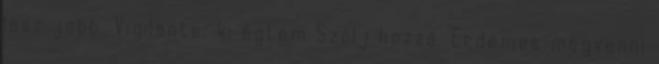
lesz jobb. Vigilante: ki égtem Szólj hozzá. Erdemes megvenni